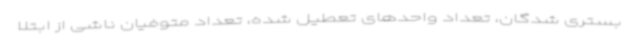
بستری شدگان، تعداد واحدهای تعطیل شده، تعداد متوفیان ناشی از ابتلا